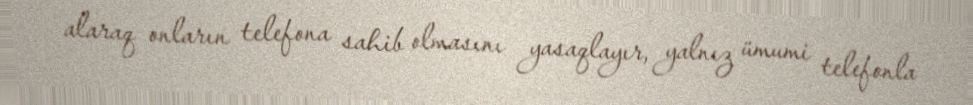
alaraq onların telefona sahib olmasını yasaqlayır, yalnız ümumi telefonla